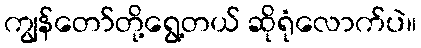
ကျွန်တော်တို့ရွေ့တယ် ဆိုရုံလောက်ပဲ။